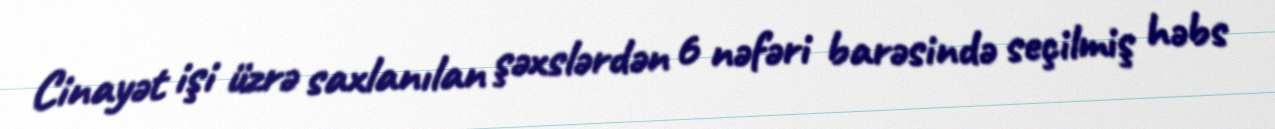
Cinayət işi üzrə saxlanılan şəxslərdən 6 nəfəri barəsində seçilmiş həbs